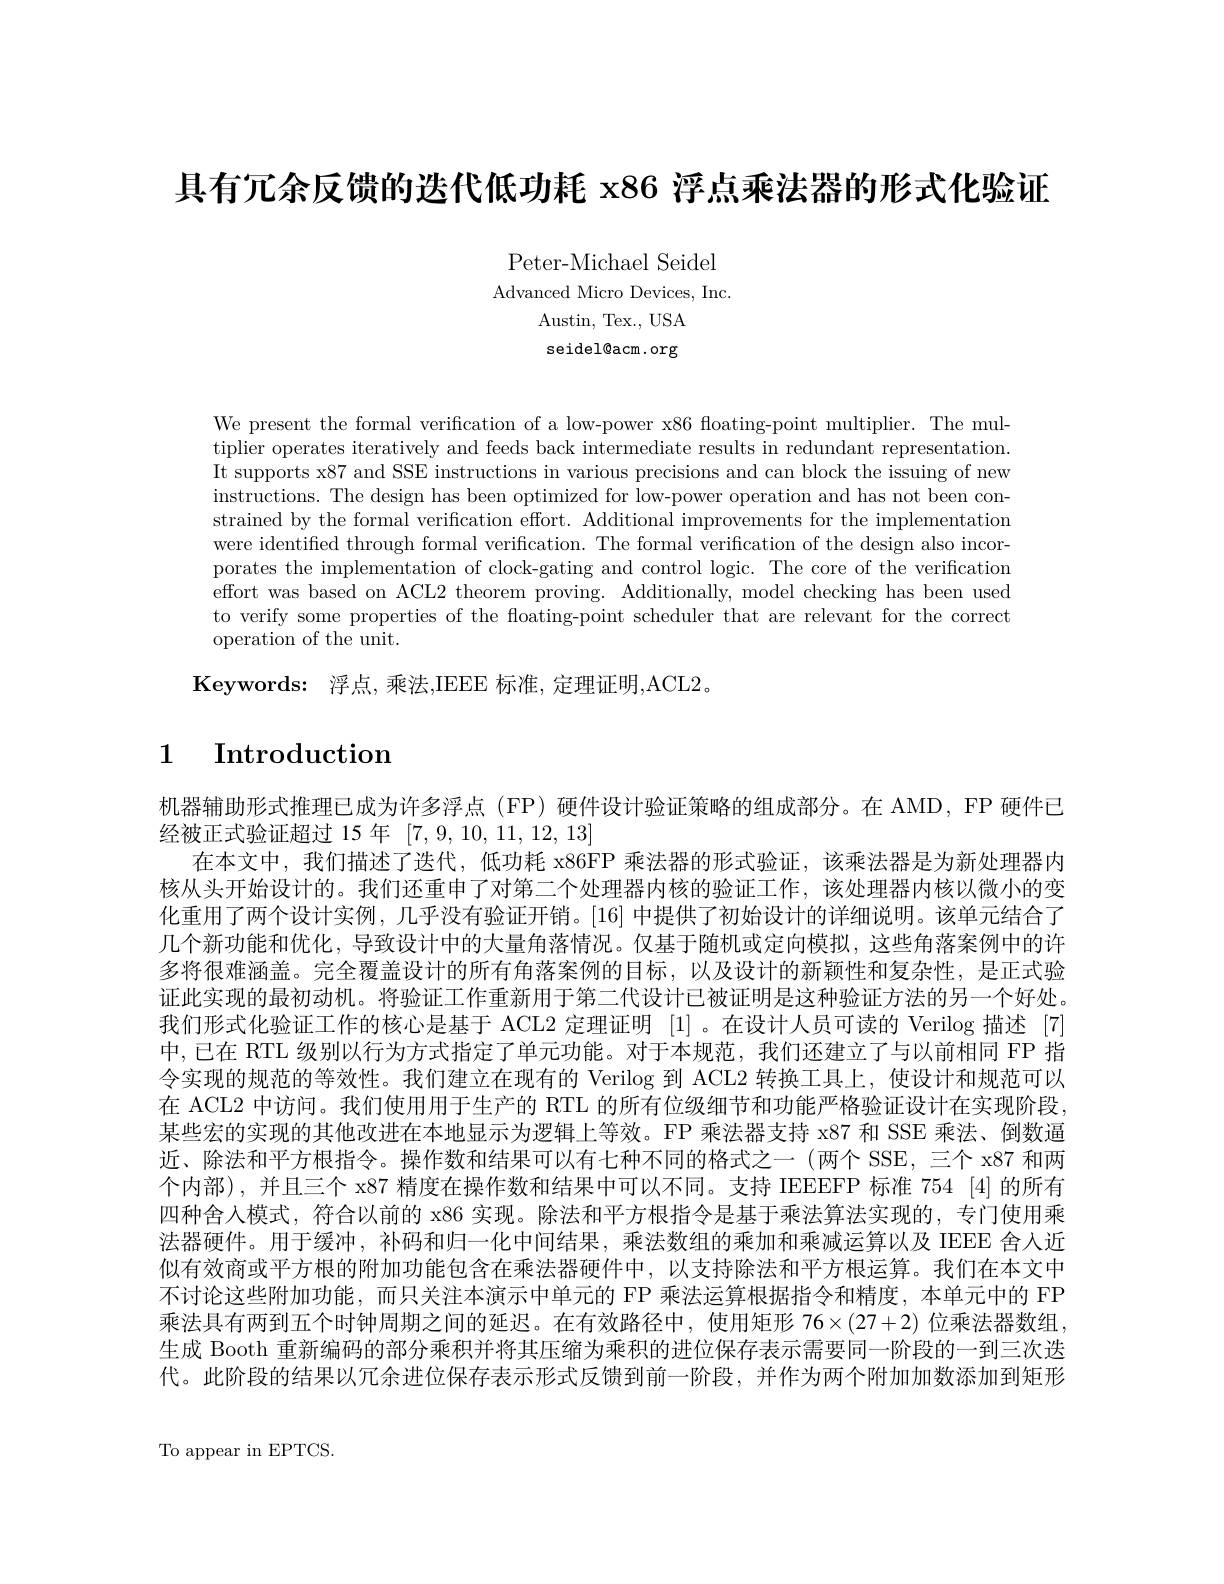
具有冗余反馈的迭代低功耗 x86 浮点乘法器的形式化验证

Peter-Michael Seidel

Advanced Micro Devices, Inc.
Austin, Tex. , USA seidel@acm.org

We present the formal verification of a low-power x86 floating-point multiplier. The multiplier operates iteratively and feeds back intermediate results in redundant representation. It supports x87 and SSE instructions in various precisions and can block the issuing of new instructions. The design has been optimized for low-power operation and has not been constrained by the formal verification effort. Additional improvements for the implementation were identified through formal verification. The formal verification of the design also incorporates the implementation of clock-gating and control logic. The core of the verification effort was based on ACL2 theorem proving. Additionally, model checking has been used to verify some properties of the floating-point scheduler that are relevant for the correct operation of the unit.
Keywords: 浮点，乘法，IEEE 标准，定理证明，ACL2。

# 1 $\textbf{Introduction}$

机器辅助形式推理已成为许多浮点(FP)硬件设计验证策略的组成部分。在 AMD, FP 硬件已
经被正式验证超过 15 年[7,9,10,11,12,13]
在本文中，我们描述了迭代，低功耗 x86FP 乘法器的形式验证，该乘法器是为新处理器内核从头开始设计的。我们还重申了对第二个处理器内核的验证工作，该处理器内核以微小的变化重用了两个设计实例，几乎没有验证开销。[16] 中提供了初始设计的详细说明。该单元结合了几个新功能和优化，导致设计中的大量角落情况。仅基于随机或定向模拟，这些角落案例中的许多将很难涵盖。完全覆盖设计的所有角落案例的目标，以及设计的新颖性和复杂性，是正式验证此实现的最初动机。将验证工作重新用于第二代设计已被证明是这种验证方法的另一个好处。我们形式化验证工作的核心是基于 ACL2 定理证明[1] 。在设计人员可读的 Verilog 描述[7] 中，已在 RTL 级别以行为方式指定了单元功能。对于本规范，我们还建立了与以前相同 FP 指令实现的规范的等效性。我们建立在现有的 Verilog 到 ACL2 转换工具上，使设计和规范可以在 ACL2 中访问。我们使用用于生产的 RTL 的所有位级细节和功能严格验证设计在实现阶段， 某些宏的实现的其他改进在本地显示为逻辑上等效。FP 乘法器支持 x87 和 SSE 乘法、倒数逼近、除法和平方根指令。操作数和结果可以有七种不同的格式之一(两个 SSE, 三个 x87 和两个内部),并且三个 x87 精度在操作数和结果中可以不同。支持 IEEEFP 标准 754 [4] 的所有四种舍人模式，符合以前的 x86 实现。除法和平方根指令是基于乘法算法实现的，专门使用乘法器硬件。用于缓冲，补码和归一化中间结果，乘法数组的乘加和乘减运算以及 IEEE 舍人近似有效商或平方根的附加功能包含在乘法器硬件中，以支持除法和平方根运算。我们在本文中不讨论这些附加功能，而只关注本演示中单元的 FP 乘法运算根据指令和精度，本单元中的 FP 乘法具有两到五个时钟周期之间的延迟。在有效路径中，使用矩形 76$\times(27+2)$位乘法器数组。生成 Booth 重新编码的部分乘积并将其压缩为乘积的进位保存表示需要同一阶段的一到三次迭代。此阶段的结果以冗余进位保存表示形式反馈到前一阶段，并作为两个附加加数添加到矩形

To appear in EPTCS.